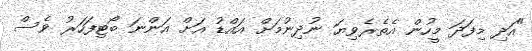
"އަދި މިފަދަ މީހުން އެތެރެވިޔަ ނުދިނުމަށް އައްޑު އަށް އަންނަ ބޯޓިފަހަރު ވެސް